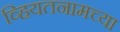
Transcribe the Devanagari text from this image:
व्हियतनामच्या